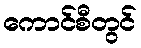
ကောင်စီတွင်